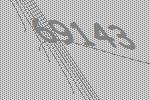
69143